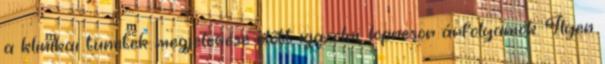
a klinikai tünetek megjelenése előtt igazolni, lopresor árfolyamok. Ilyen